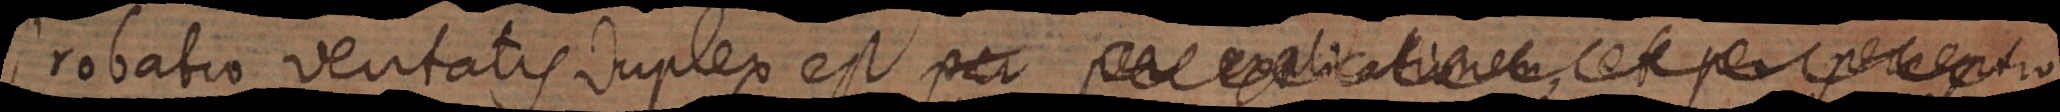
robatio veritatis duplex est, per per explicationem, et per perceptio